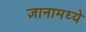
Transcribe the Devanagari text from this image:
ज्ञानामध्ये